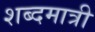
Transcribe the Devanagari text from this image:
शब्दमात्री